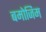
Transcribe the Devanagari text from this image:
बमोजिम